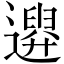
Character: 𨗮